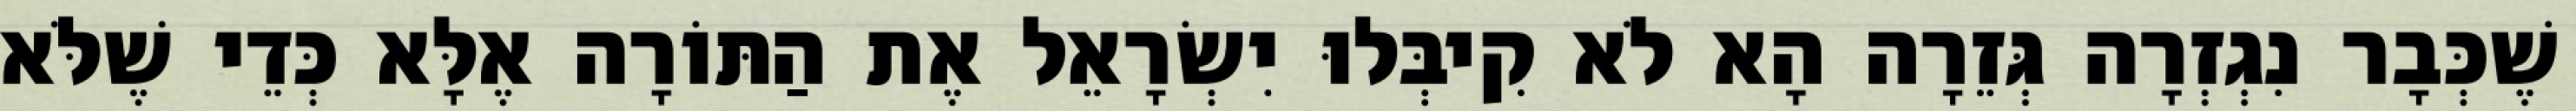
שֶׁכְּבָר נִגְזְרָה גְּזֵרָה הָא לֹא קִיבְּלוּ יִשְׂרָאֵל אֶת הַתּוֹרָה אֶלָּא כְּדֵי שֶׁלֹּא